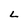
Character: L